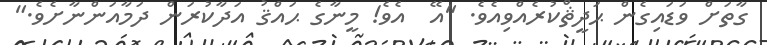
ގާތަށް ވަޑައިގެން ޙަދީޘްކުރެއްވިއެވެ. "އޭ  އެވެ! މީނާގެ ޙައްޤު އަދާކުރަން ދަމާއަންނާށެވެ."